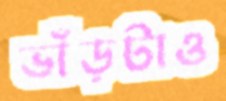
ভাঁড়টাও